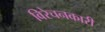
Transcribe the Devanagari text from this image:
विरेचनकारी